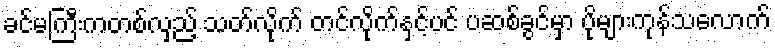
ခင်မကြီးကတစ်လှည့် သတ်လိုက် တင်လိုက်နှင့်ပင် ပဆစ်ခွင်မှာ ပိုများကုန်သလောက်